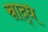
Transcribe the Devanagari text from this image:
स्राद्ध